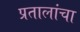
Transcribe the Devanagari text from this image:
प्रतालांचा